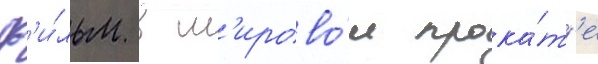
Ф'и́льм в м'ирово́м прока́т'е